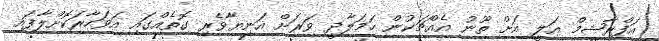
އަފްރާޝީމް އަލީ އަށް ތޫނު އެއްޗަކުން ހަމަލާދީ ވަރަށް އަނިިޔާވެރި ގޮތެއްގައި އަވަހާރަކޮށްލާފައި